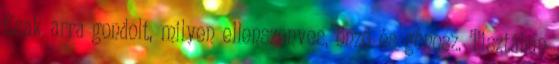
Csak arra gondolt, milyen ellenszenves, önző és gonosz. Tisztában